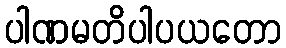
ပါဏမတိပါပယတော